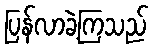
ပြန်လာခဲ့ကြသည်